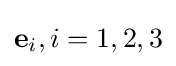
\mathbf {e} _{i},i=1,2,3